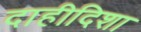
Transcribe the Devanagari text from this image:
दाहीदिशा